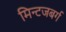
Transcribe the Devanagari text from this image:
मिन्टजबर्ग